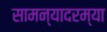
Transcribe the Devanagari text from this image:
सामन्यादरम्या